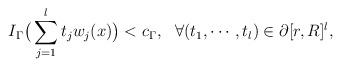
LaTeX: \begin{align*} I_\Gamma \big( \sum_{j=1}^{l}t_j w_j(x)\big) < c_{\Gamma}, \ \ \forall (t_1,\cdots, t_l ) \in \partial [r,R]^l, \end{align*}